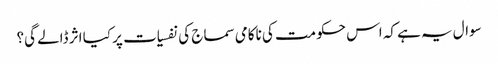
سوال یہ ہے کہ اس حکومت کی ناکامی سماج کی نفسیات پر کیا اثر ڈالے گی؟